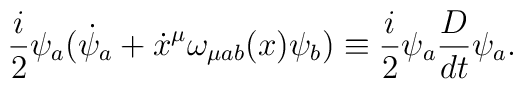
\frac{i}{2}\psi_{a}({\dot{\psi}}_{a}+\dot{x}^{\mu}\omega_{\mu ab}(x)\psi_{b})\equiv\frac{i}{2}\psi_{a}\frac{D}{dt}\psi_{a}.